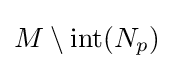
M\setminus \operatorname {int} (N_{p})